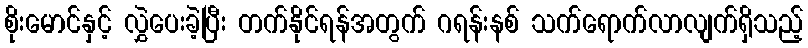
စိုးမောင်နှင့် လွှဲပေးခဲ့ပြီး တက်နိုင်ရန်အတွက် ဂရန်းနစ် သက်ရောက်လာလျက်ရှိသည့်